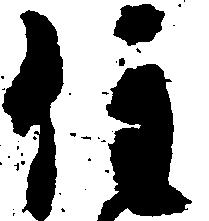
住